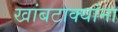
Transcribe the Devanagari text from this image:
खांबटाक्यांना